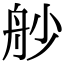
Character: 𦨖